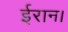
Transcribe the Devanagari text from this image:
ईरान।